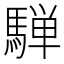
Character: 騨